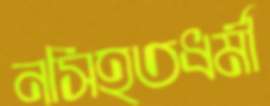
নসিহতধর্মী